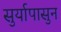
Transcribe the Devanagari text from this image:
सुर्यापासुन